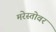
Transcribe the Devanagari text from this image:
मरेस्तोवर